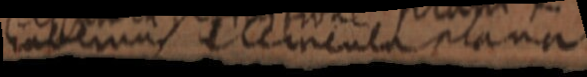
habemus elementa plana